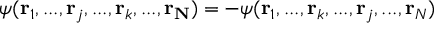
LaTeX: \psi ( \mathbf { r } _ { 1 } , . . . , \mathbf { r } _ { j } , . . . , \mathbf { r } _ { k } , . . . , \mathbf { r _ { N } } ) = - \psi ( \mathbf { r } _ { 1 } , . . . , \mathbf { r } _ { k } , . . . , \mathbf { r } _ { j } , . . . , \mathbf { r } _ { N } )